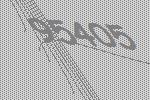
95405